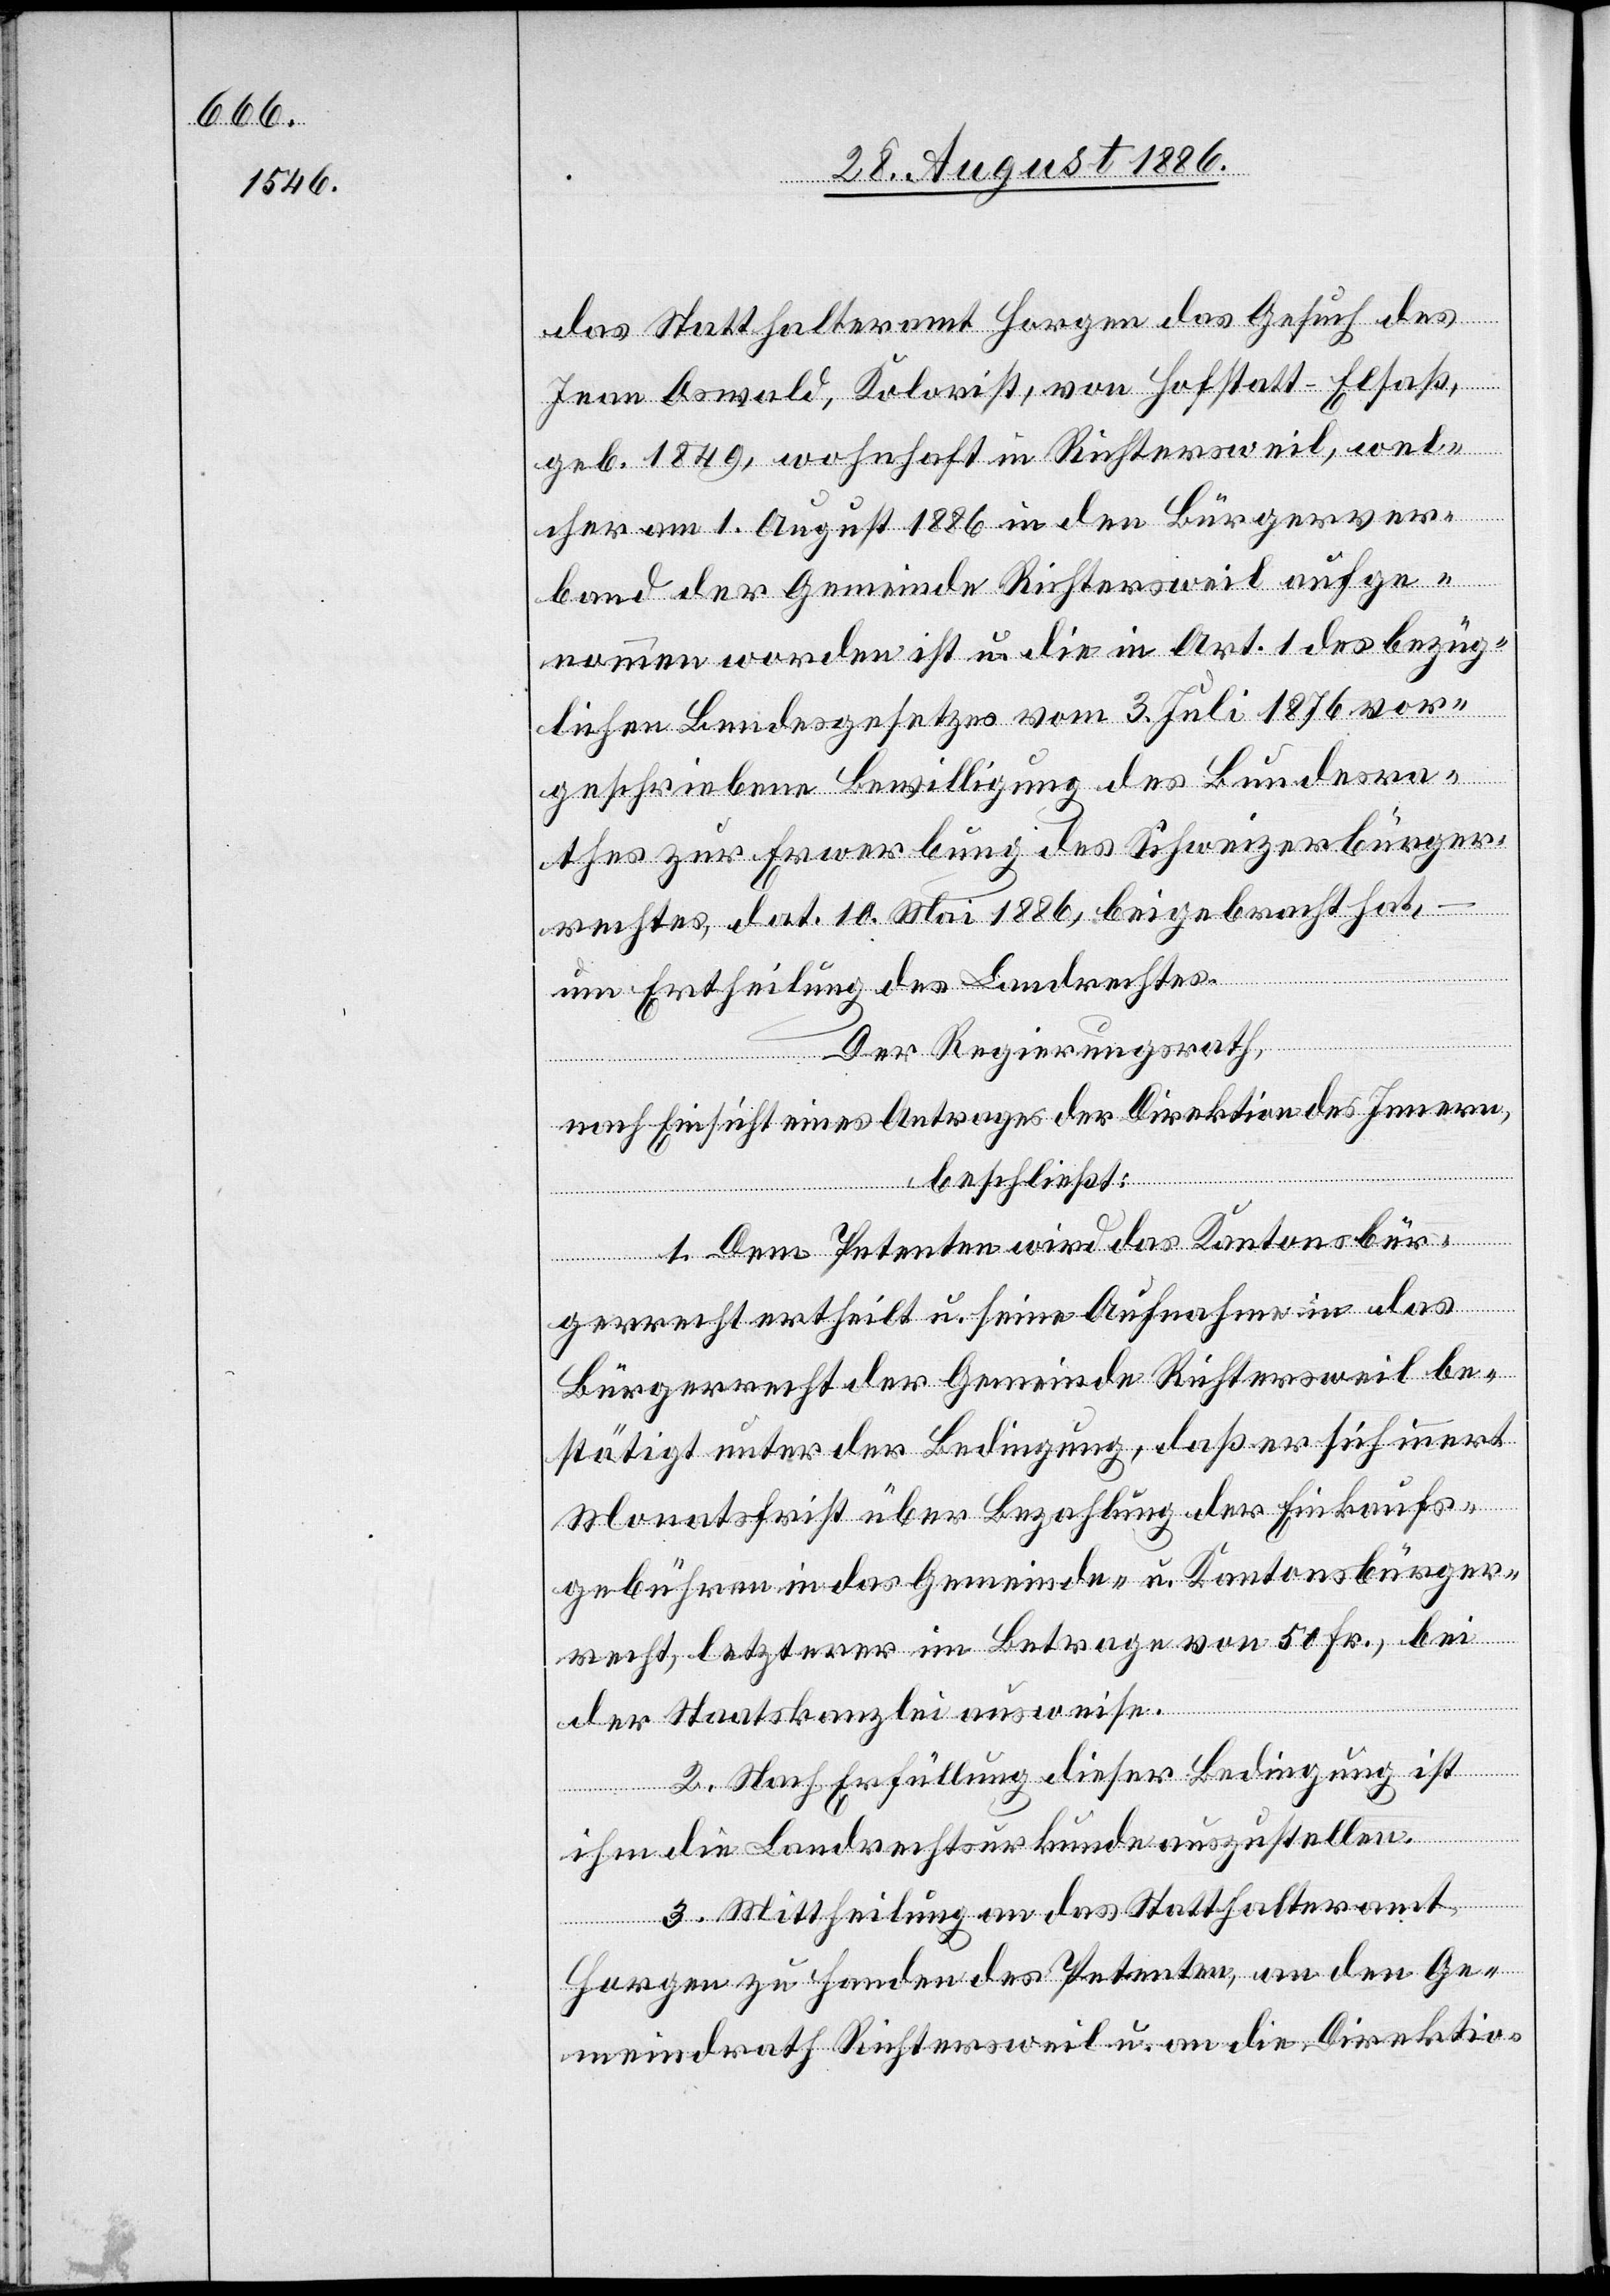
das Statthalteramt Horgen das Gesuch des
Jean Oswald, Kolorist, von Hofstatt - Elsaß,
geb. 1849, wohnhaft in Richtersweil, wel¬
cher am 1. August 1886 in den Bürgerver¬
band der Gemeinde Richtersweil aufge¬
nommen worden ist und die in Art. 1 des bezüg¬
lichen Bundesgesetzes vom 3. Juli 1876 vor¬
geschriebene Bewilligung des Bundesra¬
thes zur Erwerbung des Schweizerbürger¬
rechtes, dat. 10. Mai 1886, beigebracht hat,
um Ertheilung des Landrechtes.
Der Regierungsrath,
nach Einsicht eines Antrages der Direktion des Innern,
beschließt:
1. Dem Petenten wird das Kantonsbür¬
gerrecht ertheilt u. seine Aufnahme in das
Bürgerrecht der Gemeinde Richtersweil be¬
stätigt unter der Bedingung, daß er sich innert
Monatsfrist über Bezahlung der Einkaufs¬
gebühren in das Gemeinde- u. Kantonsbürger¬
recht, letzterer im Betrage von 50 Fr., bei
der Staatskanzlei ausweise.
2. Nach Erfüllung dieser Bedingung ist
ihm die Landrechtsurkunde auszustellen.
3. Mittheilung an das Statthalteramt
Horgen zu Handen des Petenten, an den Ge¬
meindrath Richtersweil u. an die Direktio-